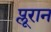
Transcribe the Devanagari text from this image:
प्लूरान